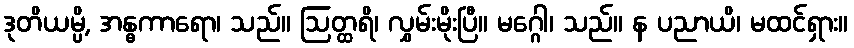
ဒုတိယမ္ပိ, အန္ဓကာရော၊ သည်။ ဩတ္ထရိ၊ လွှမ်းမိုးပြီ။ မဂ္ဂေါ၊ သည်။ န ပညာယိ၊ မထင်ရှား။